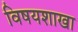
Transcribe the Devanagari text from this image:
विषयशाखा